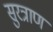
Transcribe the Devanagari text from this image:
सुरत्राण